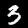
Label: 3